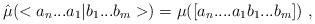
LaTeX: \begin{align*}\hat{\mu}(<a_n...a_1|b_1...b_m>) = \mu([a_n....a_1b_1...b_m]) \ ,\end{align*}